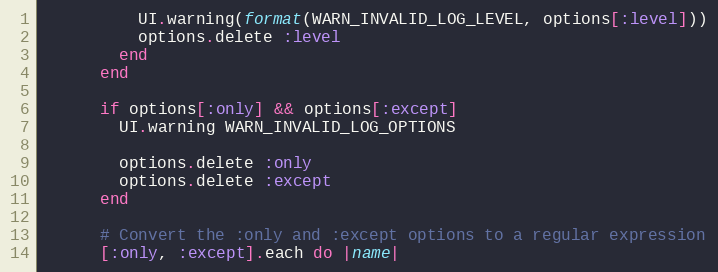
Language: Ruby
          UI.warning(format(WARN_INVALID_LOG_LEVEL, options[:level]))
          options.delete :level
        end
      end

      if options[:only] && options[:except]
        UI.warning WARN_INVALID_LOG_OPTIONS

        options.delete :only
        options.delete :except
      end

      # Convert the :only and :except options to a regular expression
      [:only, :except].each do |name|